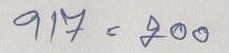
917 = 200